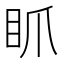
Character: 𥄄